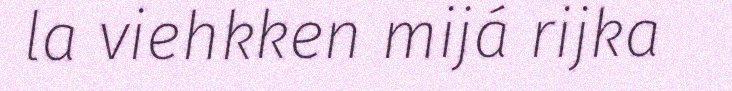
la viehkken mijá rijka